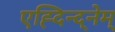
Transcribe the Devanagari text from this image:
एह्दिन्द्नेम्